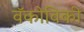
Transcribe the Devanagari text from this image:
वॅकोविकी